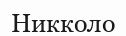
Никколо